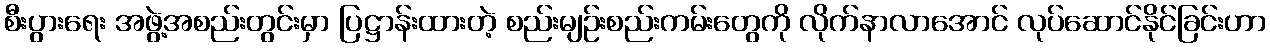
စီးပွားရေး အဖွဲ့အစည်းတွင်းမှာ ပြဋ္ဌာန်းထားတဲ့ စည်းမျဉ်းစည်းကမ်းတွေကို လိုက်နာလာအောင် လုပ်ဆောင်နိုင်ခြင်းဟာ